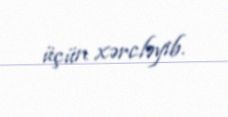
üçün xərcləyib.